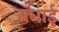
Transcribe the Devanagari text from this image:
बँधाई